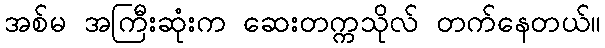
အစ်မ အကြီးဆုံးက ဆေးတက္ကသိုလ် တက်နေတယ်။